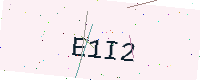
Text: E1I2